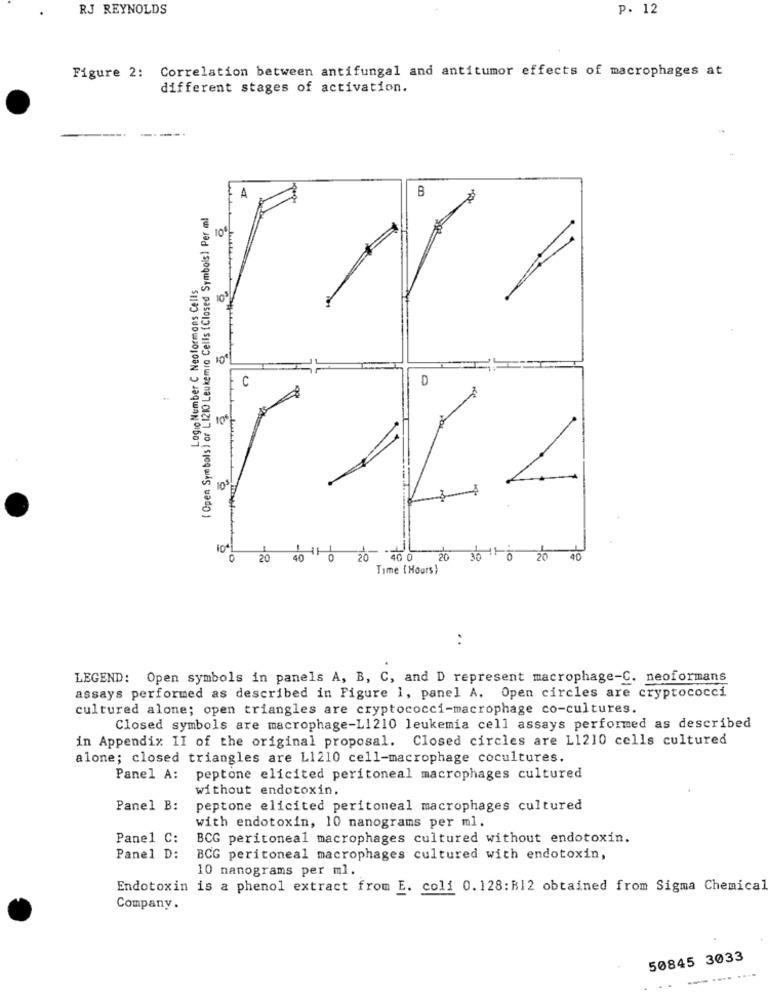
RJ REYNOLDS
p. 12
Figure 2: Correlation between antifungal and antitumor effects of macrophages at
different stages of activation.
( Open Syre bols) or L12IO Leukemia Cells (Closed Symbols) Per ml
Logio Number C Neoformans Cells
10%
104
0 20 40 0 20 40 0 20 30 1 0 20 4
Time { Hours)
. .
LEGEND: Open symbols in panels A, B, C, and D represent macrophage-C. neoformans
assays performed as described in Figure 1, panel A. Open circles are cryptococci
cultured alone; open triangles are cryptococci-macrophage co-cultures.
Closed symbols are macrophage-L1210 leukemia cell assays performed as described
in Appendix II of the original proposal. Closed circles are L1210 cells cultured
alone; closed triangles are L1210 cell-macrophage cocultures.
Panel A:
peptone elicited peritoneal macrophages cultured
without endotoxin.
Panel B:
peptone elicited peritoneal macrophages cultured
with endotoxin, 10 nanograms per ml.
Pane1 C:
BCG peritoneal macrophages cultured without endotoxin.
Panel D:
BCG peritoneal macrophages cultured with endotoxin,
10 nanograms per ml.
Endotoxin is a phenol extract from E. coli 0.128: B12 obtained from Sigma Chemical
Company.
50845 3033
---